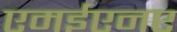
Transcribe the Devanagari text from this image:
एमईएनए